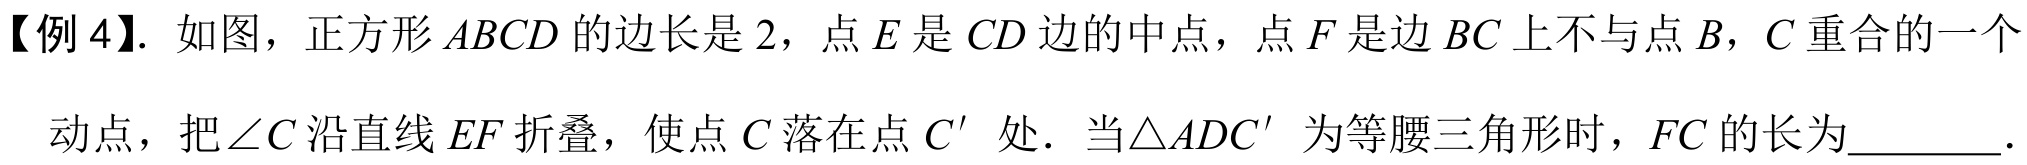
【例 4】. 如图，正方形 \(ABCD\) 的边长是 \(2\)，点 \(E\) 是 \(CD\) 边的中点，点 \(F\) 是边 \(BC\) 上不与点 \(B\)，\(C\) 重合的一个
动点，把 \(\angle C\) 沿直线 \(EF\) 折叠，使点 \(C\) 落在点 \(C'\) 处．当 \(\triangle ADC'\) 为等腰三角形时，\(FC\) 的长为________.